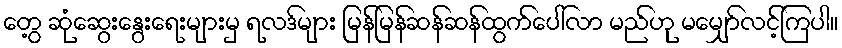
တွေ့ ဆုံဆွေးနွေးရေးများမှ ရလဒ်များ မြန်မြန်ဆန်ဆန်ထွက်ပေါ်လာ မည်ဟု မမျှော်လင့်ကြပါ။